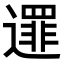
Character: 𨗻